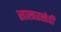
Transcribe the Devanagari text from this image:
साखरखेडी